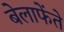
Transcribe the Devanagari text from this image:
बेलाफेंते